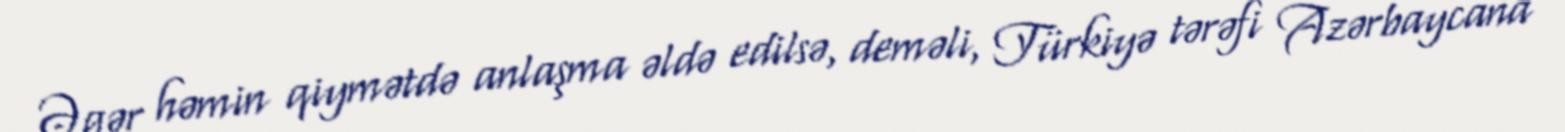
Əgər həmin qiymətdə anlaşma əldə edilsə, deməli, Türkiyə tərəfi Azərbaycana